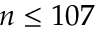
n \le 1 0 7